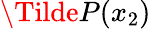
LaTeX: \Tilde{P}(x_{2})